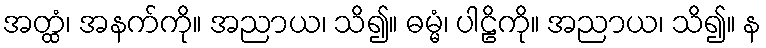
အတ္ထံ၊ အနက်ကို။ အညာယ၊ သိ၍။ ဓမ္မံ၊ ပါဠိကို။ အညာယ၊ သိ၍။ န